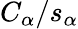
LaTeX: C_{\alpha}/s_{\alpha}